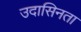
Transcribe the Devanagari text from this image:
उदासिनता